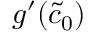
g ^ { \prime } ( \tilde { c } _ { 0 } )